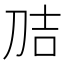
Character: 𭃕